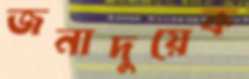
জনাদুয়েক